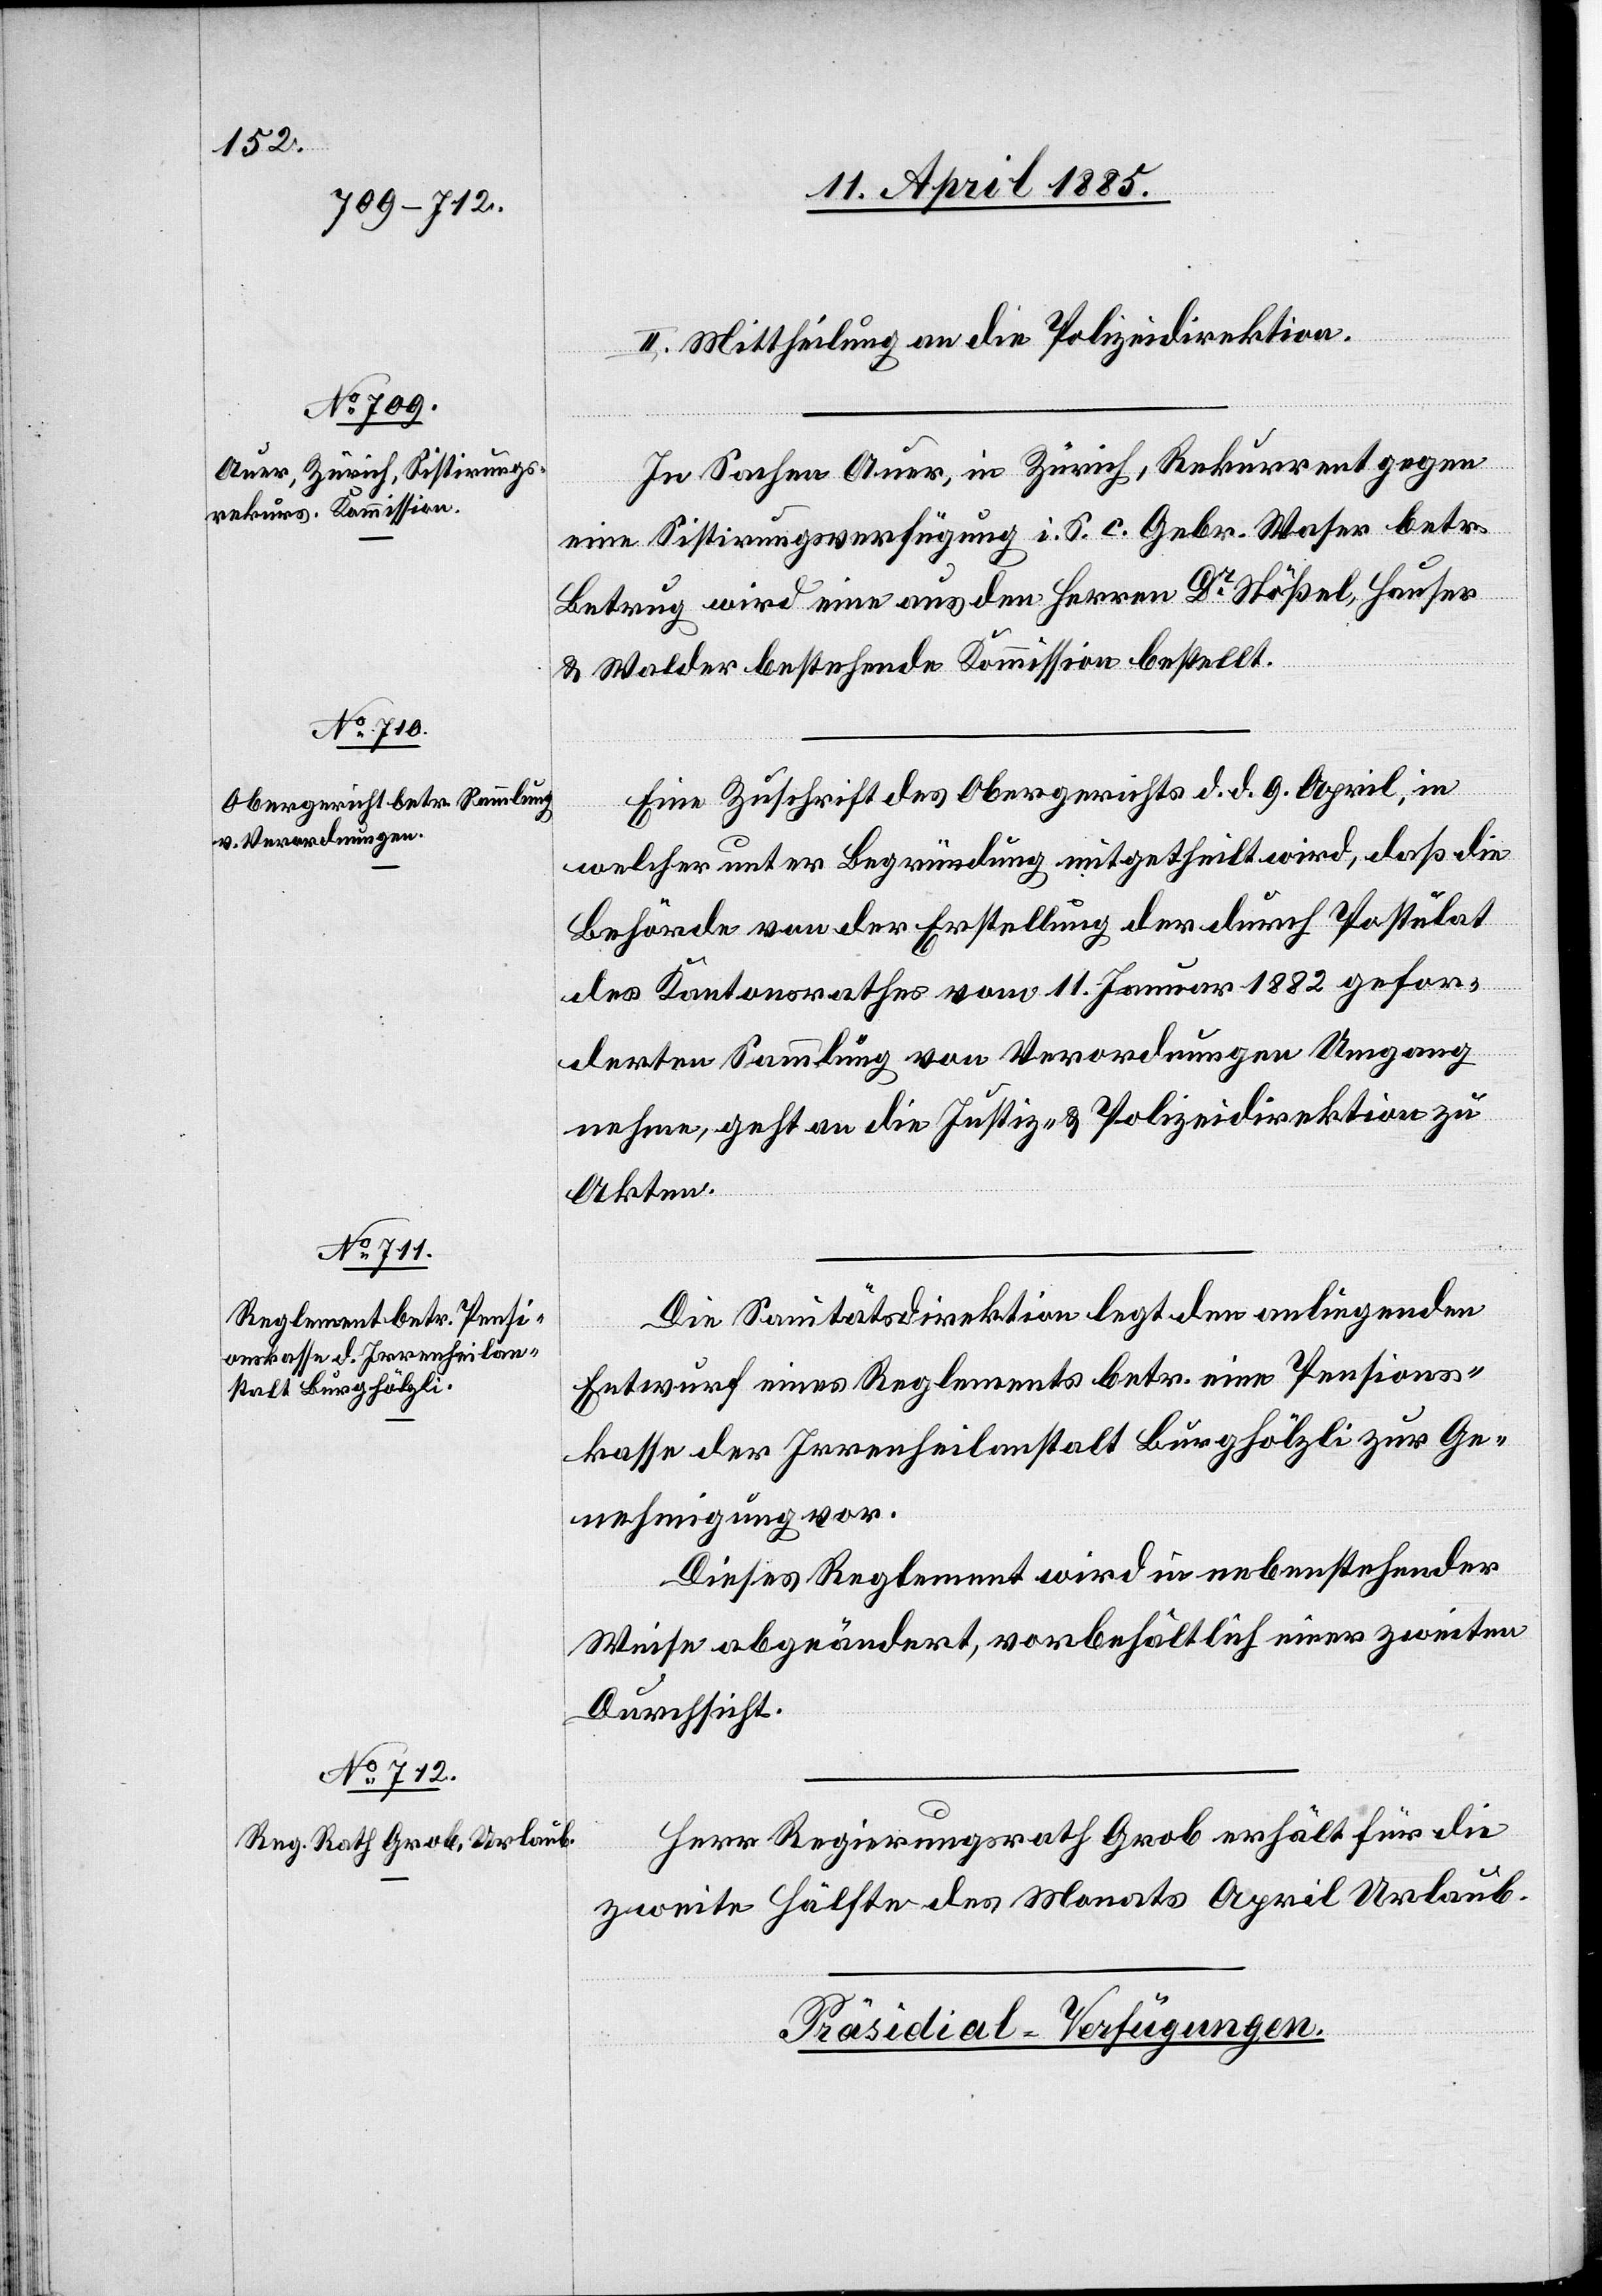
II. Mittheilung an die Polizeidirektion.
In Sachen Auer, in Zürich, Rekurrent gegen
eine Sistirungsverfügung i. S. c. Gebr. Waser betr.
Betrug wird eine aus den Herren Dr Stößel, Hauser
& Walder bestehende Kommission bestellt.
Eine Zuschrift des Obergerichtes d. d. 9. April, in
welcher unter Begründung mitgetheilt wird, daß die
Behörde von der Erstellung der durch Postulat
des Kantonsrathes vom 11. Januar 1882 gefor¬
derten Sammlung von Verordnungen Umgang
nehme, geht an die Justiz- & Polizeidirektion zu
Akten.
Herr Regierungsrath Grob erhält für die
zweite Hälfte des Monats April Urlaub.